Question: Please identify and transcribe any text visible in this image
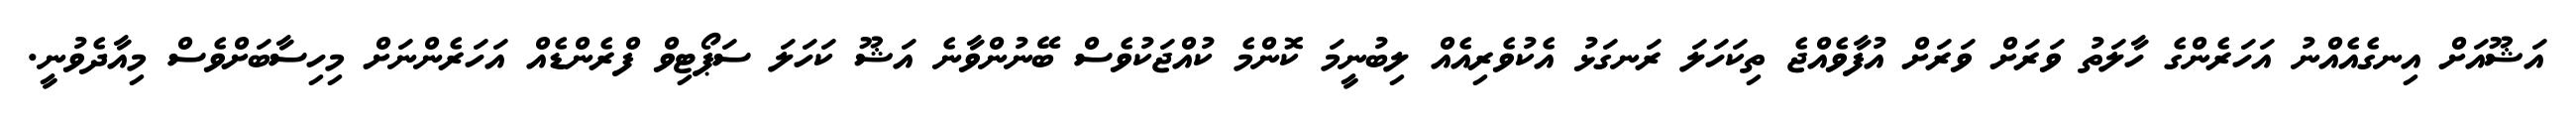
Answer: އަޝޫއަށް އިނގެއެއްނު އަހަރެންގެ ހާލަތު ވަރަށް ވަރަށް އުފާވެއްޖެ ތިކަހަލަ ރަނގަޅު އެކުވެރިއެއް ލިބުނީމަ ކޮންމެ ކުއްޖަކުވެސް ބޭނުންވާނެ އަޝޫ ކަހަލަ ސަޕޯޓިވް ފްރެންޑެއް އަހަރެންނަށް މިހިސާބަށްވެސް މިއާދެވުނީ.